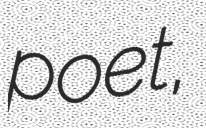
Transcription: poet,